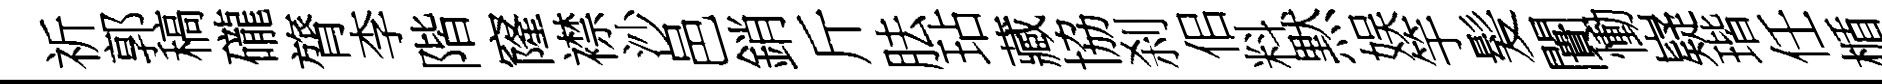
祈郭稿礲膂李階窿襟沙邑銷斤胠玷藏協刹佀料黙娱竽髪闠慟嶷瑎任楯